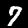
Digit: 7